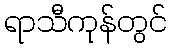
ရာသီကုန်တွင်